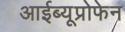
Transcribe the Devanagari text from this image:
आईब्यूप्रोफेन